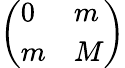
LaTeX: \left(\begin{array}{ll}{{0}}&{{m}}\\ {{m}}&{{M}}\end{array}\right)